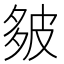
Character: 𪤻